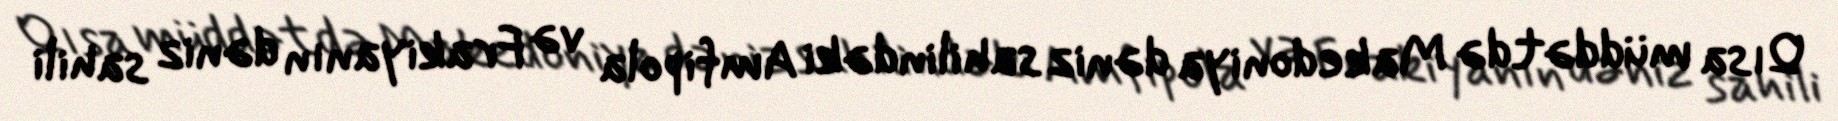
Qısa müddətdə Makedoniya dəniz sahilindəki Amfipola və Frakiyanın dəniz sahili